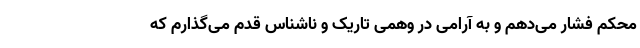
محکم فشار می‌دهم و به ‌آرامی در وهمی تاریک و ناشناس قدم می‌گذارم که